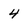
Character: 4